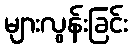
များလွန်းခြင်း